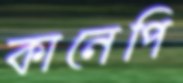
কানেপি